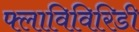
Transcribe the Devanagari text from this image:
फ्लाविविरिडी